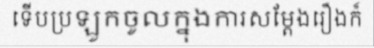
ទើបប្រឡូកចូលក្នុងការសម្តែងរឿងក៏